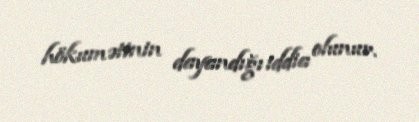
hökumətinin dayandığı iddia olunur.